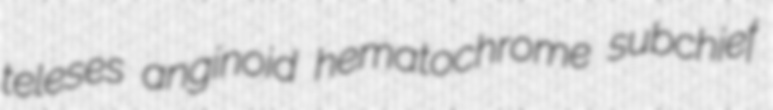
teleses anginoid hematochrome subchief